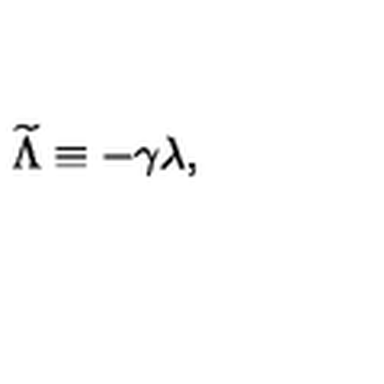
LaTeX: { \widetilde \Lambda } \equiv - \gamma \lambda ,